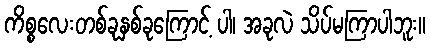
ကိစ္စလေးတစ်ခုနှစ်ခုကြောင့် ပါ၊ အခုလဲ သိပ်မကြာပါဘူး။